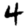
Digit: 4